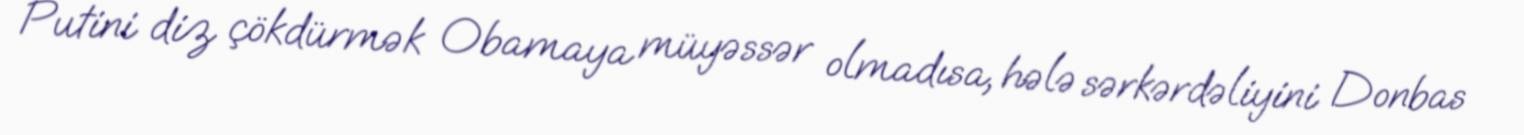
Putini diz çökdürmək Obamaya müyəssər olmadısa, hələ sərkərdəliyini Donbas